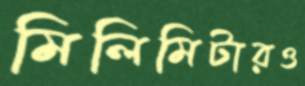
মিলিমিটারও